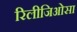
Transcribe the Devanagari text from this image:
रिलीजिओसा